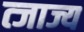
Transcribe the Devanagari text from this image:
त्जाज्य